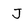
Character: J